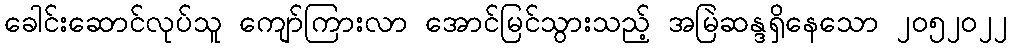
ခေါင်းဆောင်လုပ်သူ ကျော်ကြားလာ အောင်မြင်သွားသည့် အမြဲဆန္ဒရှိနေသော ၂၀၅၂၀၂၂